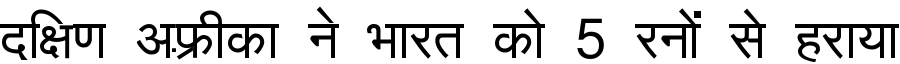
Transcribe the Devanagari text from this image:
दक्षिण अफ़्रीका ने भारत को 5 रनों से हराया